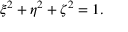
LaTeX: \xi ^ { 2 } + \eta ^ { 2 } + \zeta ^ { 2 } = 1 .